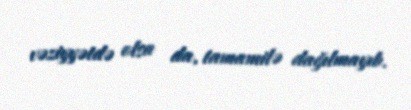
vəziyyətdə olsa da, tamamilə dağılmayıb.